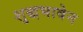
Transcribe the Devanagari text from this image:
शुद्धभावेन